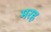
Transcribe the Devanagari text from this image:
मरह